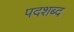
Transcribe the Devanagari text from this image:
पदशब्द